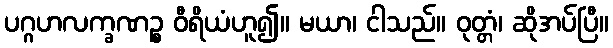
ပဂ္ဂဟလက္ခဏဉ္စ ဝီရိယံဟူ၍။ မယာ၊ ငါသည်။ ဝုတ္တံ၊ ဆိုအပ်ပြီ။